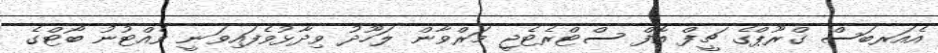
އެއަރބަސް ގްރޫޕްގެ ޗީފް އޮފް ސްޓްރެޓެޖީ މަރްވާން ލަހޫދު ވިދާޅުވެފައިވަނީ ވެއްޓުނު ބޯޓްގެ